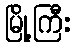
မြို့ကြီး